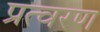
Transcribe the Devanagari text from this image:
प्रत्वरण